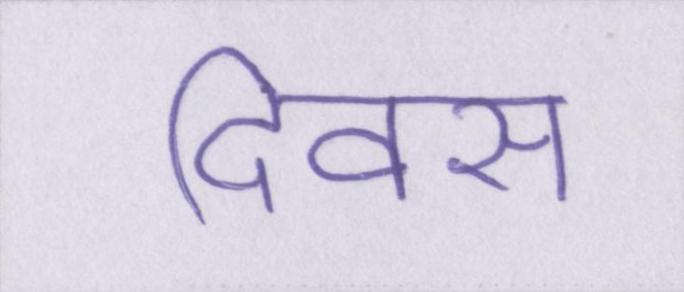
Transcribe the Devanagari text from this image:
दिवस